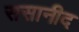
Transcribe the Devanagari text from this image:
ससानीद